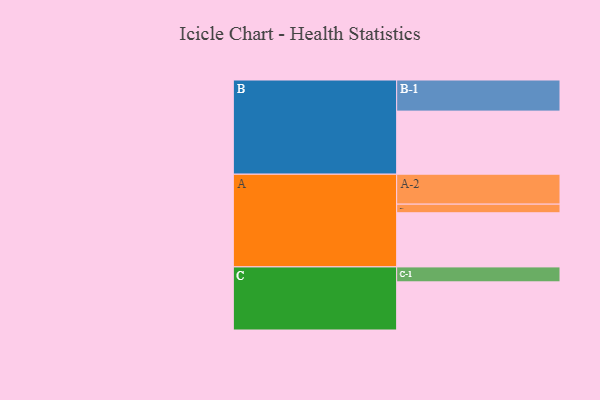
{"axis": {"x": "Segment", "y": "Value"}, "legend": ["", "A", "B", "C"], "data": [{"x": "A", "y": 503, "type": ""}, {"x": "B", "y": 586, "type": ""}, {"x": "C", "y": 447, "type": ""}, {"x": "A-1", "y": 80, "type": "A"}, {"x": "A-2", "y": 278, "type": "A"}, {"x": "B-1", "y": 289, "type": "B"}, {"x": "C-1", "y": 139, "type": "C"}]}